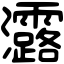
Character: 𤅟